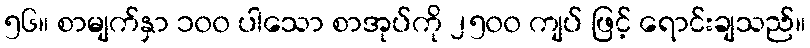
၅၆။ စာမျက်နှာ ၁၀၀ ပါသော စာအုပ်ကို ၂၅၀၀ ကျပ် ဖြင့် ရောင်းချသည်။